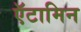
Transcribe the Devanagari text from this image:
ऍटामिन